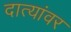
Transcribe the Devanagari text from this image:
दात्यांवर